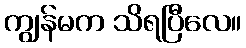
ကျွန်မက သိရပြီလေ။